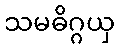
သမဓိဂ္ဂယှ